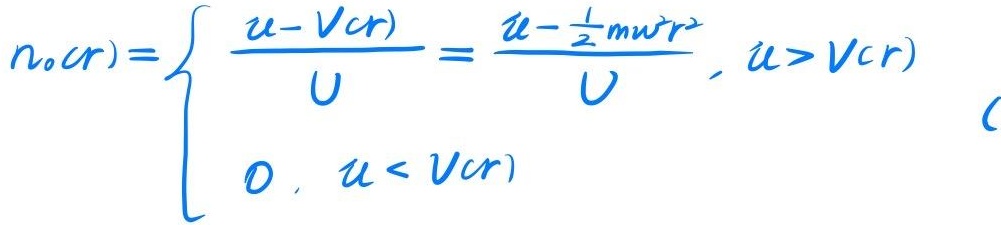
当\(u > V(r)\)时：
\[n_0(r)=\frac{u - V(r)}{U}=\frac{u-\frac{1}{2}m\omega^2r^2}{U}\]
当\(u < V(r)\)时：
\[n_0(r)=0\]